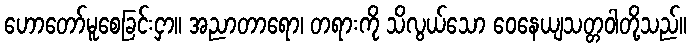
ဟောတော်မူစေခြင်းငှာ။ အညာတာရော၊ တရားကို သိလွယ်သော ဝေနေယျသတ္တဝါတို့သည်။